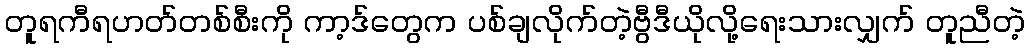
တူရကီရဟတ်တစ်စီးကို ကာ့ဒ်တွေက ပစ်ချလိုက်တဲ့ဗွီဒီယိုလို့ရေးသားလျှက် တူညီတဲ့